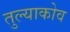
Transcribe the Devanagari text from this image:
तुल्याकोव